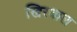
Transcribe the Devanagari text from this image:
खिरवाल